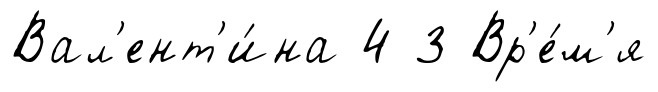
Вал'ент'и́на 4 3 Вр'е́м'я